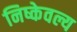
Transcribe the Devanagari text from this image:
निष्केवल्य